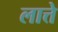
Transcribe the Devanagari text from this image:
लात्ते